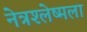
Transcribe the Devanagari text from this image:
नेत्रश्‍लेष्मला